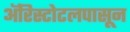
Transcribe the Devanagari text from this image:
ॲरिस्टोटलपासून